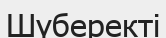
Шүберекті